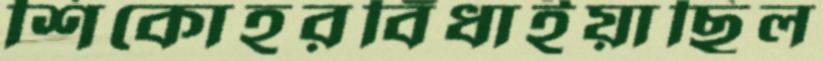
শিকোহরবিঁধাইয়াছিল